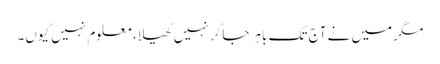
مگر میں نے آج تک باہر جا کر نہیں کھیلا، معلوم نہیں کیوں۔